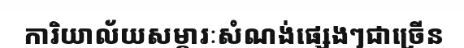
ការិយាល័យសម្ភារៈសំណង់ផ្សេងៗជាច្រើន